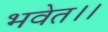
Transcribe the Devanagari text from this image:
भवेत।।